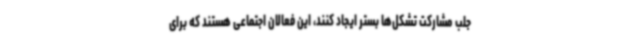
جلب مشارکت تشکل‌ها بستر ایجاد کنند، این فعالان اجتماعی هستند که برای